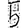
Digit: 5